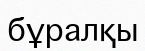
бұралқы